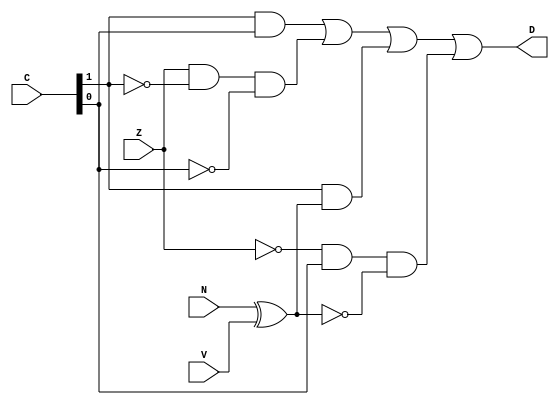
module C_detector(C,Z,N,V,D);
	input [1:0] C;
	input Z,N,V;
	output D;
	assign D = (C[1] & C[0]) | (Z & ~C[1] & ~C[0]) | (C[1] & (N ^ V)) | (~Z & C[0] & ~(N ^ V)); 
endmodule